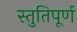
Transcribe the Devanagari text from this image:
स्तुतिपूर्ण